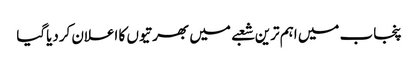
پنجاب میں اہم ترین شعبے میں بھرتیوں کا اعلان کردیاگیا